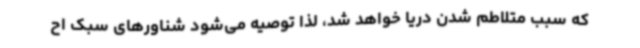
که سبب متلاطم شدن دریا خواهد شد، لذا توصیه می‌شود شناورهای سبک اح